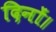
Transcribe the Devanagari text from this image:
दिनों।